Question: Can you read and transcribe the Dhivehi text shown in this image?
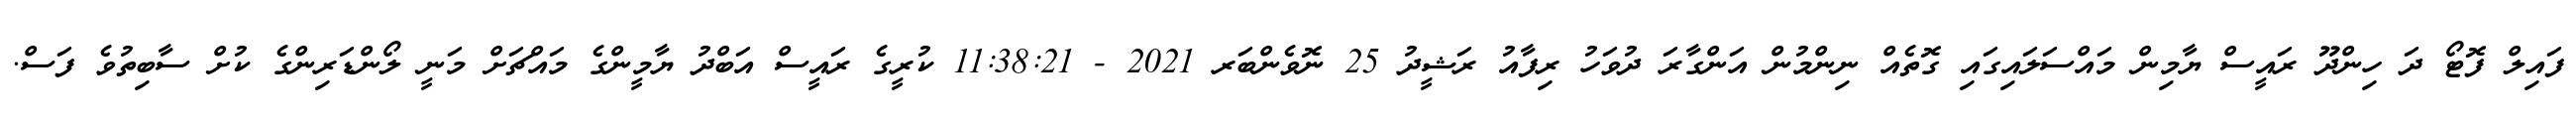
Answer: ފައިލް ފޮޓޯ ދަ ހިންދޫ ރައީސް ޔާމިން މައްސަލައިގައި ގޮތެއް ނިންމުން އަންގާރަ ދުވަހު ރިފާއު ރަޝީދު 25 ނޮވެންބަރ 2021 - 11:38:21 ކުރީގެ ރައީސް އަބްދު ޔާމީންގެ މައްޗަށް މަނީ ލޯންޑަރިންގެ ކުށް ސާބިތުވެ ފަސް.